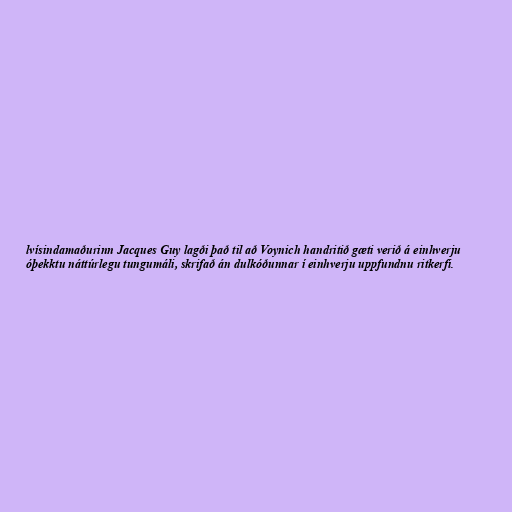
lvísindamaðurinn Jacques Guy lagði það til að Voynich handritið gæti verið á einhverju
óþekktu náttúrlegu tungumáli, skrifað án dulkóðunnar í einhverju uppfundnu ritkerfi.